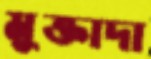
মুক্তাদা